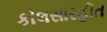
કોલસારહીત